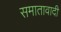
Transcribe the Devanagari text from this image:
समातावादी